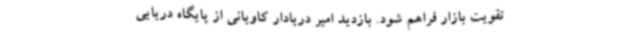
تقویت بازار فراهم شود. بازدید امیر دریادار کاویانی از پایگاه دریایی